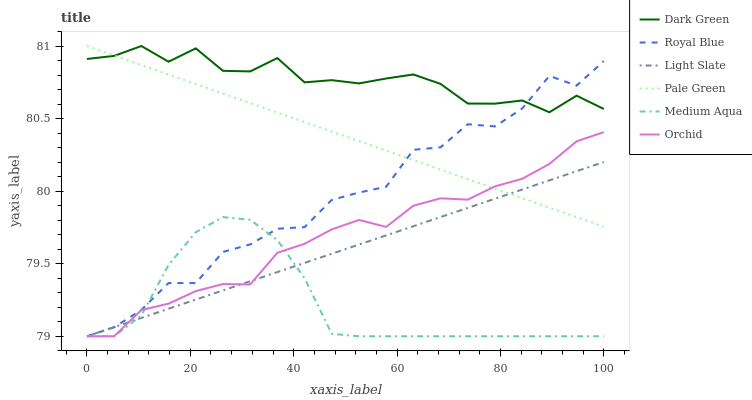
| xaxis_label | Dark Green | Royal Blue | Light Slate | Pale Green | Medium Aqua | Orchid |
 | --- | --- | --- | --- | --- | --- | --- |
 | 0 | 80.9 | 79 | 79 | 81 | 79 | 79 |
 | 5.26 | 80.9 | 79.1 | 79.1 | 80.9 | 79 | 79 |
 | 10.5 | 81 | 79.2 | 79.1 | 80.9 | 79.1 | 79.2 |
 | 15.8 | 80.9 | 79.4 | 79.2 | 80.8 | 79.5 | 79.2 |
 | 21.1 | 81 | 79.4 | 79.3 | 80.7 | 79.7 | 79.3 |
 | 26.3 | 80.8 | 79.6 | 79.3 | 80.7 | 79.8 | 79.4 |
 | 31.6 | 80.8 | 79.6 | 79.4 | 80.6 | 79.8 | 79.4 |
 | 36.8 | 80.9 | 79.7 | 79.4 | 80.5 | 79.7 | 79.6 |
 | 42.1 | 80.7 | 79.8 | 79.5 | 80.5 | 79.4 | 79.6 |
 | 47.4 | 80.8 | 79.9 | 79.6 | 80.4 | 79 | 79.7 |
 | 52.6 | 80.7 | 80 | 79.6 | 80.3 | 79 | 79.8 |
 | 57.9 | 80.8 | 80 | 79.7 | 80.3 | 79 | 79.8 |
 | 63.2 | 80.8 | 80.3 | 79.8 | 80.2 | 79 | 79.9 |
 | 68.4 | 80.7 | 80.3 | 79.8 | 80.1 | 79 | 80 |
 | 73.7 | 80.6 | 80.5 | 79.9 | 80.1 | 79 | 79.9 |
 | 78.9 | 80.6 | 80.4 | 79.9 | 80 | 79 | 80 |
 | 84.2 | 80.6 | 80.6 | 80 | 80 | 79 | 80.1 |
 | 89.5 | 80.5 | 80.8 | 80.1 | 79.9 | 79 | 80.2 |
 | 94.7 | 80.7 | 80.7 | 80.1 | 79.8 | 79 | 80.3 |
 | 100 | 80.6 | 80.9 | 80.2 | 79.8 | 79 | 80.4 |